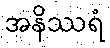
အနိဿရံ